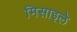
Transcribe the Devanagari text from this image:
मिसाइले